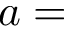
a =